65_HS1-834228961_62-HQ-83894_Section_1
Agency: FBI
Page 115
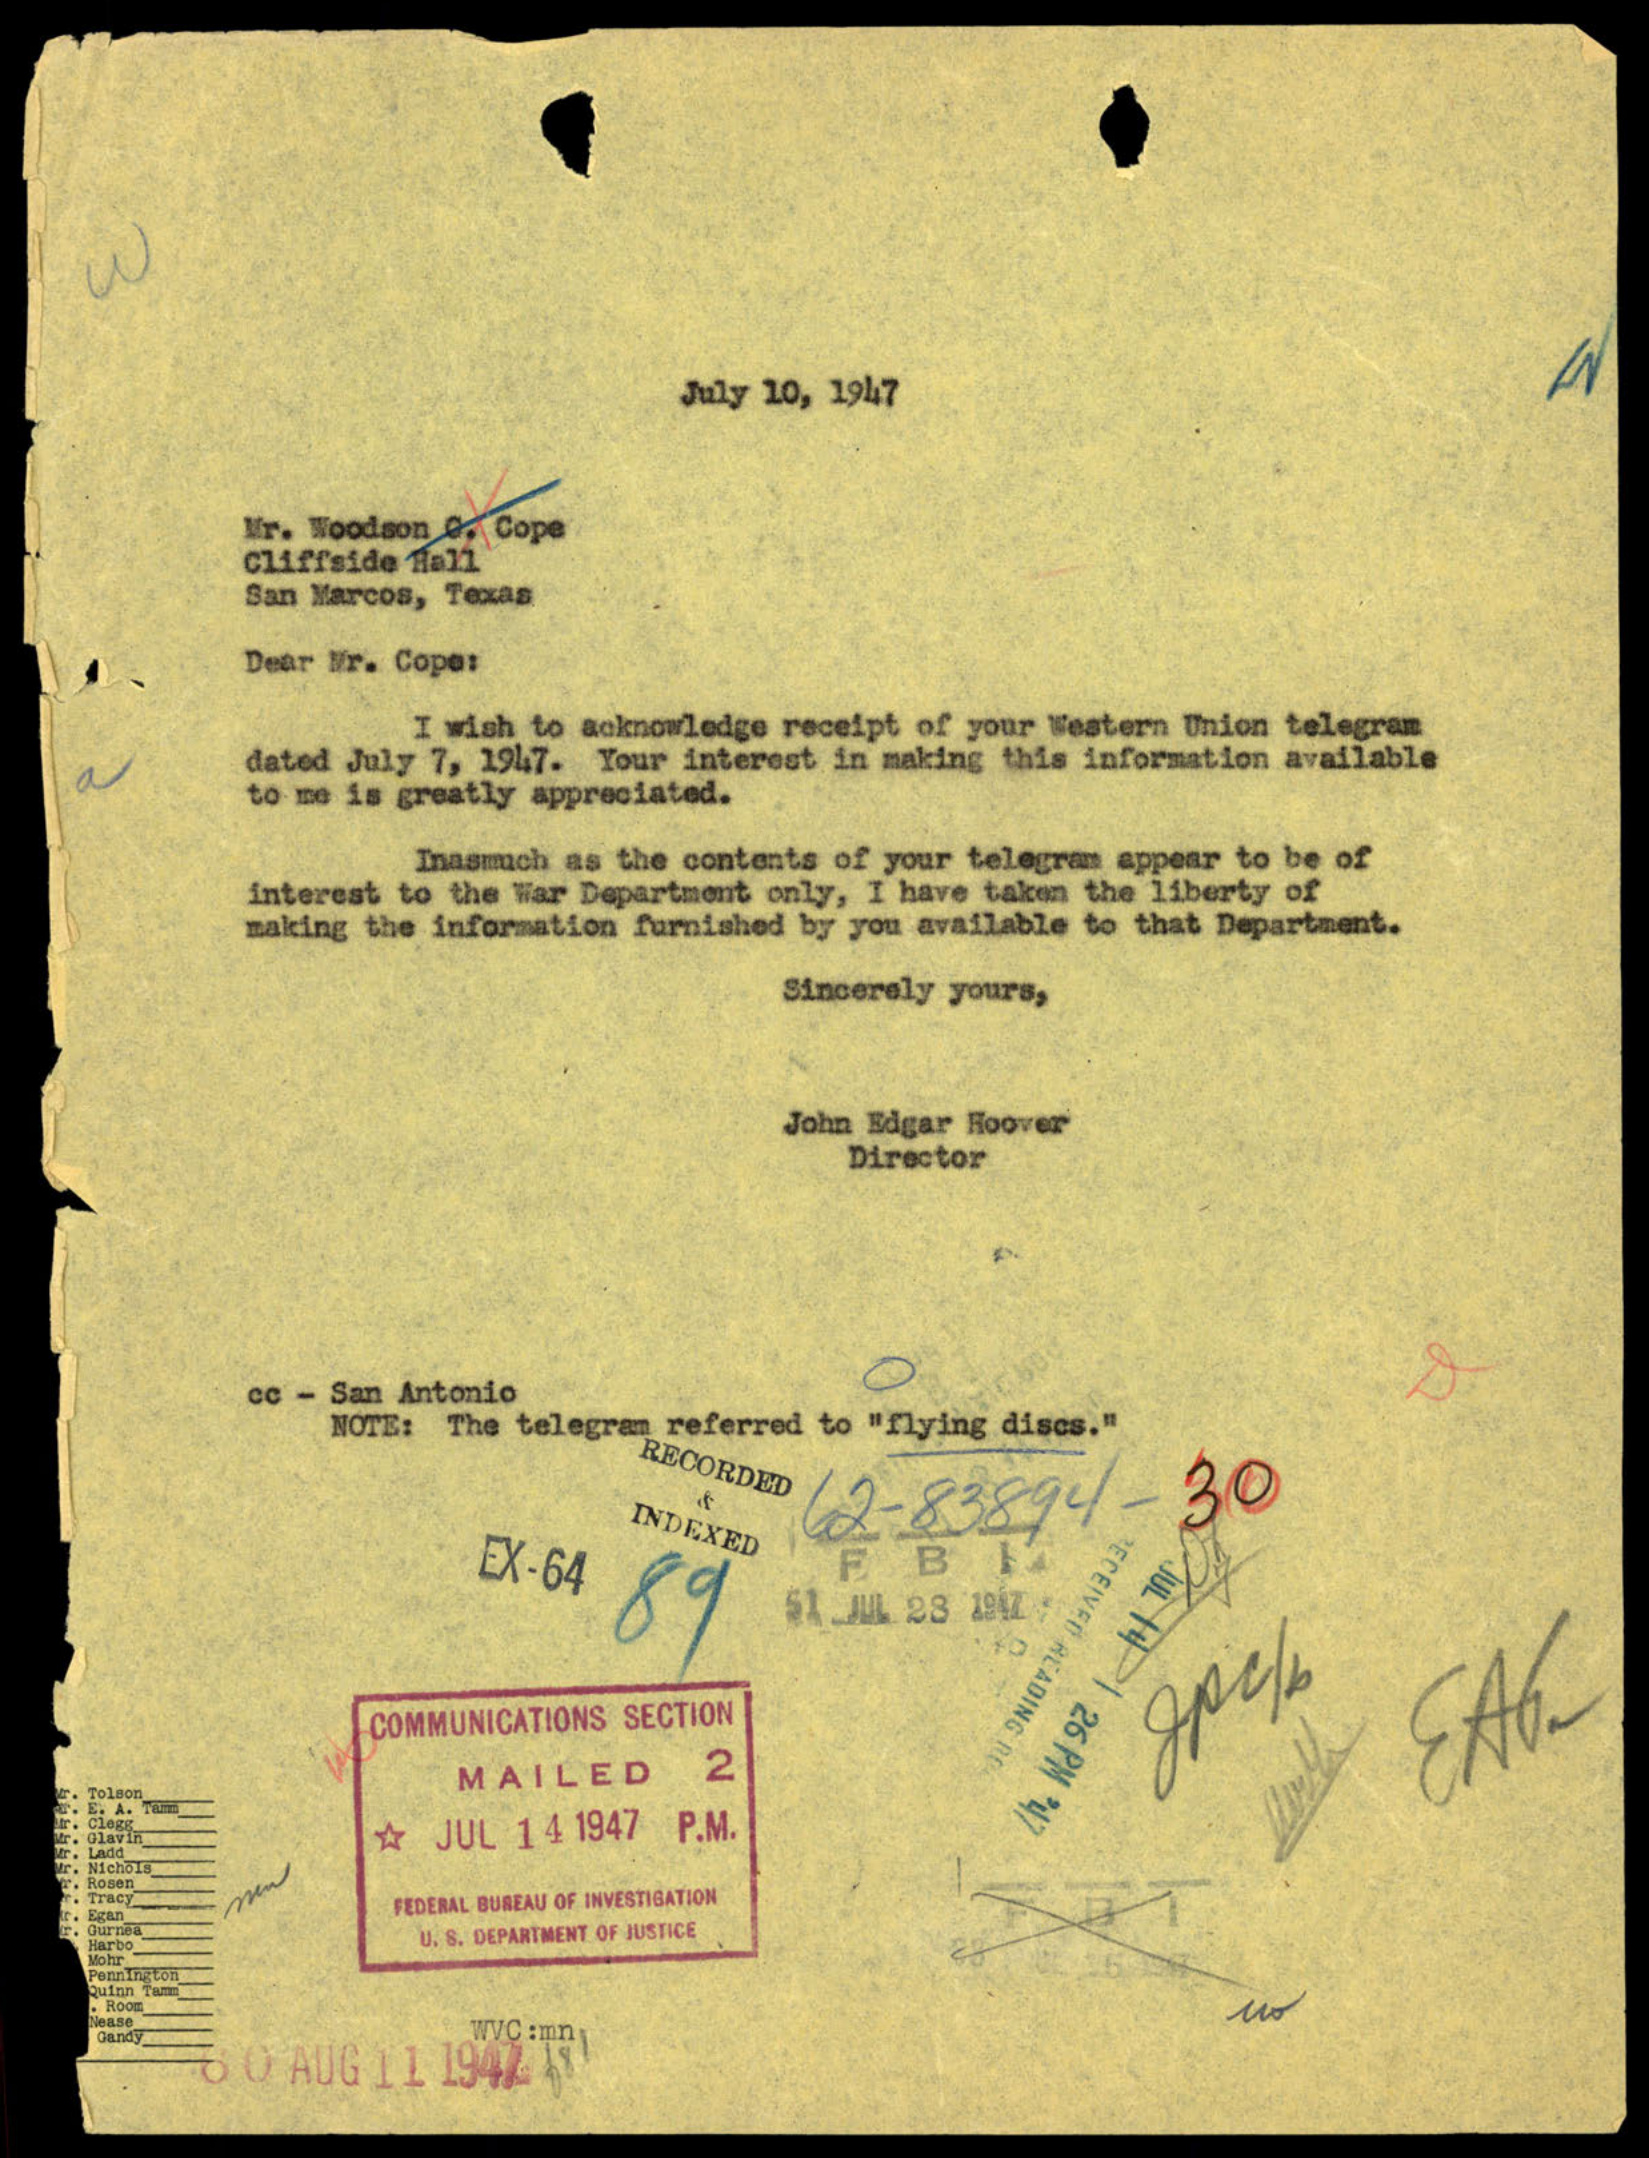